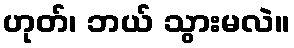
ဟုတ်၊ ဘယ် သွားမလဲ။